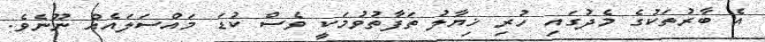
އެ ބާރުތަކުގެ މެދުގައި ހުރި ޚިޔާލު ތަފާތުވުމަކީ ވެސް ކުޑަ މައްސަލައެއް ނޫނެވެ.